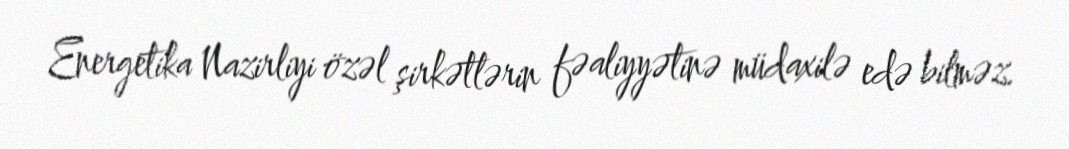
Energetika Nazirliyi özəl şirkətlərin fəaliyyətinə müdaxilə edə bilməz.